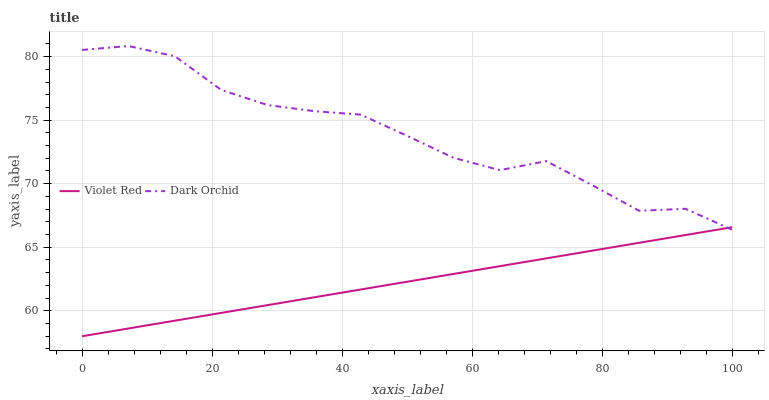
| xaxis_label | Violet Red | Dark Orchid |
 | --- | --- | --- |
 | 0 | 58 | 80.5 |
 | 7.14 | 58.6 | 80.8 |
 | 14.3 | 59.2 | 80 |
 | 21.4 | 59.8 | 77.4 |
 | 28.6 | 60.5 | 76.2 |
 | 35.7 | 61.1 | 75.7 |
 | 42.9 | 61.7 | 75.4 |
 | 50 | 62.3 | 73.8 |
 | 57.1 | 62.9 | 72 |
 | 64.3 | 63.5 | 71.1 |
 | 71.4 | 64.1 | 71.8 |
 | 78.6 | 64.7 | 69.9 |
 | 85.7 | 65.4 | 67.9 |
 | 92.9 | 66 | 68 |
 | 100 | 66.6 | 66.4 |